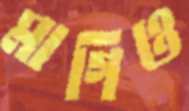
মাগিও